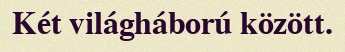
Két világháború között.